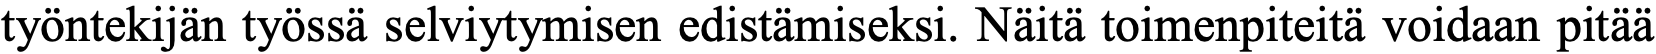
työntekijän työssä selviytymisen edistämiseksi. Näitä toimenpiteitä voidaan pitää